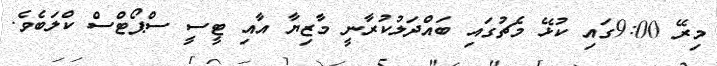
މިރޭ 9:00ގައި ކުޅޭ މެޗުގައި ބައްދަލުކުރާނީ މާޒިޔާ އާއި ޓީސީ ސްޕޯޓްސް ކްލަބެވެ.